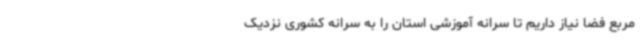
مربع فضا نیاز داریم تا سرانه آموزشی استان را به سرانه کشوری نزدیک